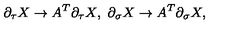
\partial _ { \tau } X \to A ^ { T } \partial _ { \tau } X , \ \partial _ { \sigma } X \to A ^ { T } \partial _ { \sigma } X ,